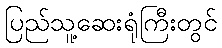
ပြည်သူ့ဆေးရုံကြီးတွင်